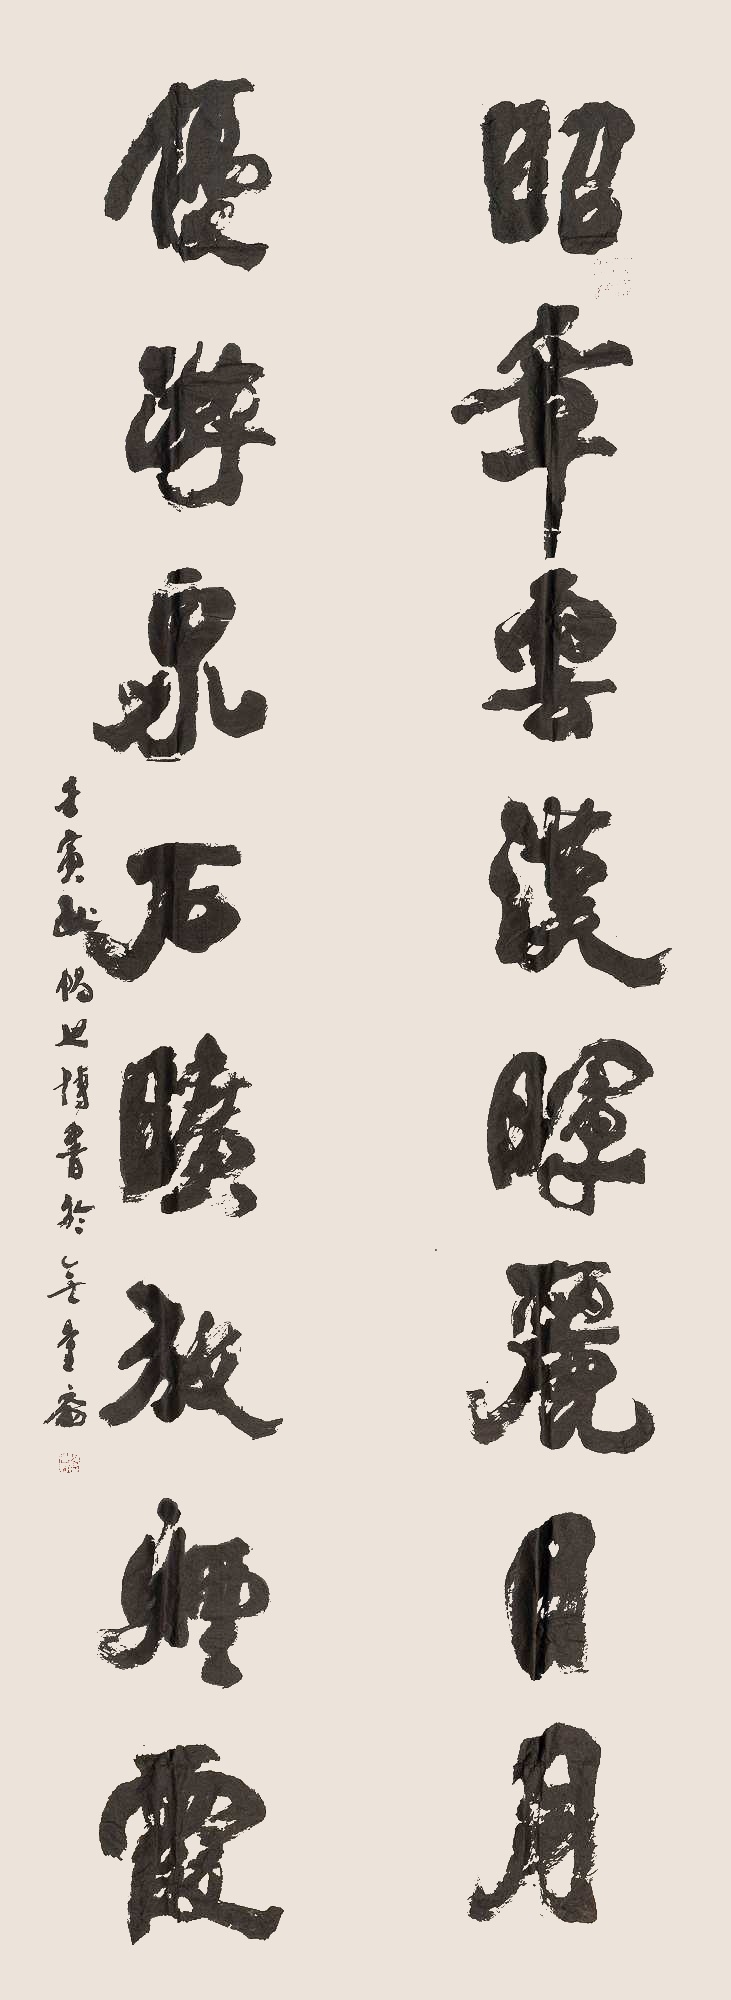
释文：昭章云汉晖丽日月，优游泉石旷放烟霞。壬寅秋，畅世博书于无量斋。